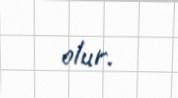
olur.